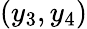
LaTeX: (y_{3},y_{4})